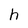
Character: h